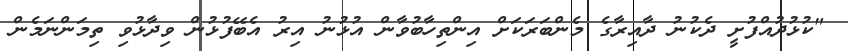
"ކުޅުދުއްފުށީ ދެކުނު ދާއިރާގެ މެންބަރަކަށް އިންތިހާބުވާން އުޅުނު އިރު އެބޭފުޅުން ވިދާޅުވި ތިމަންނަމެން